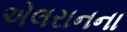
એલરાનના